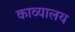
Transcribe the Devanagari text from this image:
काव्यालय